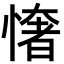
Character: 㦋